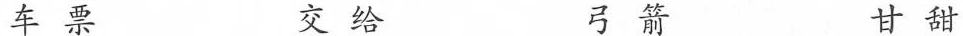
车票 交给 弓箭 甘甜